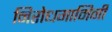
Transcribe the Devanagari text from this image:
निरोधगामिनी